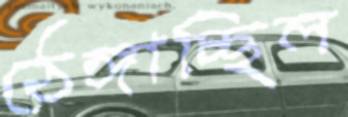
ঠেঙ্গাচ্ছিল